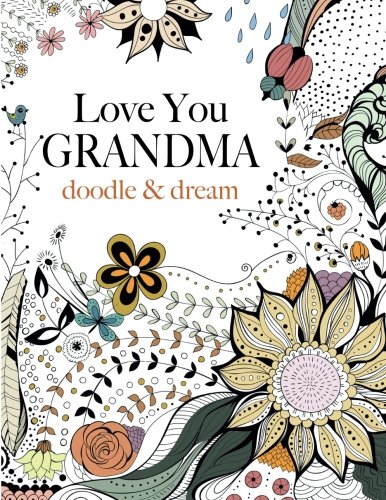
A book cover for Love You GRANDMA: doodle & dream: A beautiful and inspiring adult colouring book for Grandmas everywhere; Christina Rose; Arts & Photography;